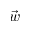
\vec { w }